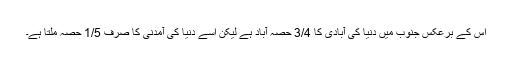
اس کے برعکس جنوب میں دنیا کی آبادی کا 3/4 حصہ آباد ہے لیکن اسے دنیا کی آمدنی کا صرف 1/5 حصہ ملتا ہے۔